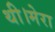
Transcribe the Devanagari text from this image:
थी।मेरा